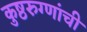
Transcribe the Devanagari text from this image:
कुष्ठरुग्णांची